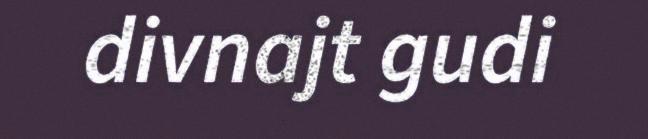
divnajt gudi